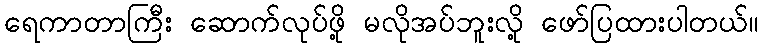
ရေကာတာကြီး ဆောက်လုပ်ဖို့ မလိုအပ်ဘူးလို့ ဖော်ပြထားပါတယ်။